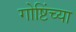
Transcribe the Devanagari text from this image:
गोष्टिंच्या